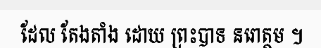
ដែល តែងតាំង ដោយ ព្រះបាទ នរោត្តម ។